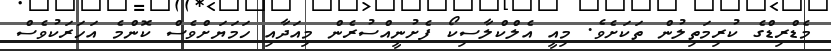
މެޑްރިޑްގެ ކުރިމަތިލުން ތަކަށެވެ. މިއީ އެލްކްލާސިކޯ ފެށުނީއްސުރެން މިއަދާއި ހަމަޔަށްވެސް ކޮންމެ އަހަރަކުވެސް